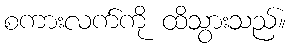
စကားလက်ကို ထိသွားသည်။